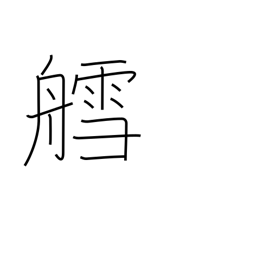
Meaning: sled